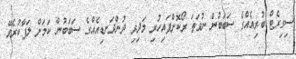
ސިގިރެޓް ބުރިއެއްގެ ސަބަބުން ނުވަތަ ރޯކޮށްފައިހުރި މަދިރި ދުންދަނޑިއެއްގެ ސަބަބުން ކަމަށް ލަފާކުރެވޭ